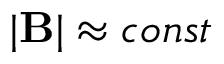
| { \bf B } | \approx c o n s t